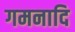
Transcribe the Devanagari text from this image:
गमनादि